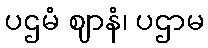
ပဌမံ ဈာနံ၊ ပဌာမ